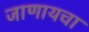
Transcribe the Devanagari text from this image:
जाणायचा